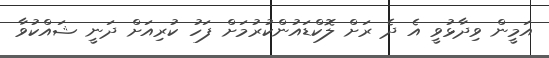
އަމީން ވިދާޅުވީ އެ ދެ ރަށް ލޮކްޑައުންކުރުމަށް ފަހު ކުރިއަށް ދަނީ ޝައްކުވާ